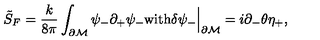
\tilde { S } _ { \tiny F } = \frac { k } { 8 \pi } \int _ { \partial \cal M } \psi _ { - } \partial _ { + } \psi _ { - } \mathrm { w i t h } \delta \psi _ { - } \Big | _ { \partial \cal M } = i \partial _ { - } \theta \eta _ { + } ,